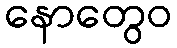
နောတွေဝ